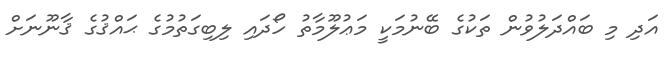
އަދި މި ބައްދަލުވުން ތަކުގެ ބޭނުމަކީ މަޢުލޫމާތު ހޯދައި ލިބިގަތުމުގެ ޙައްޤުގެ ޤާނޫނަށް